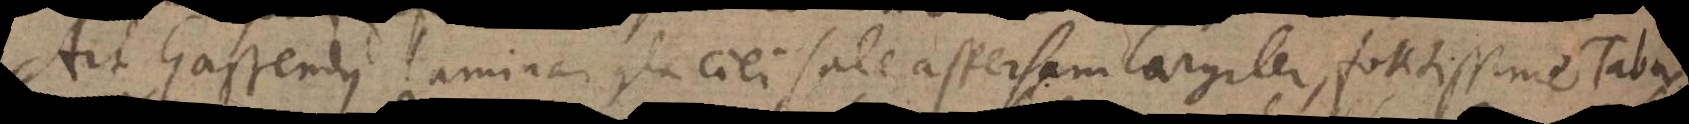
Ait Gassendus laminam glaciei sale aspersam largiter, fortissime Tabu-